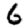
Digit: 6